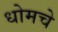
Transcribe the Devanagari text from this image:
धोमचे